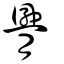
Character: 臖